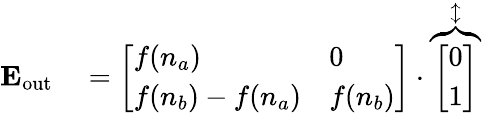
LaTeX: \begin{array}{rl}{\mathbf{E_{\mathrm{{out}}}}}&{{}=\left[\begin{array}{ll}{{{f(n_{a})}}}&{0}\\ {{f(n_{b})}-{f(n_{a})}}&{{f(n_{b})}}\end{array}\right]\cdot\overbrace{\left[\begin{array}{l}{0}\\ {1}\end{array}\right]}^{\updownarrow}}\end{array}